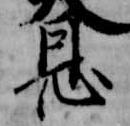
恩